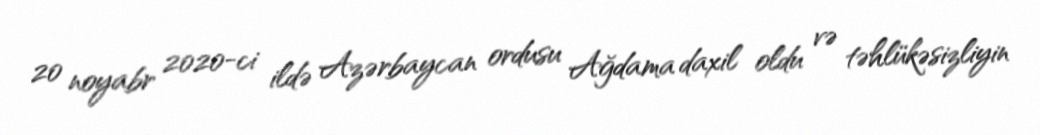
20 noyabr 2020-ci ildə Azərbaycan ordusu Ağdama daxil oldu və təhlükəsizliyin